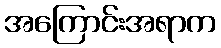
အကြောင်းအရာက